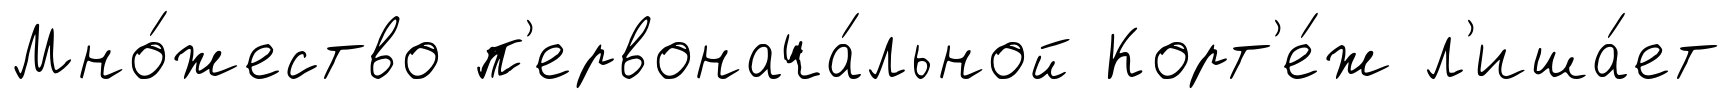
Мно́жество п'ервонача́льной Корт'е́ж л'иша́ет